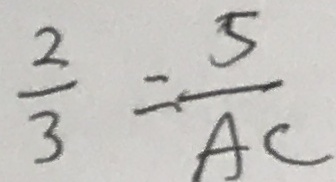
\frac { 2 } { 3 } = \frac { 5 } { A C }